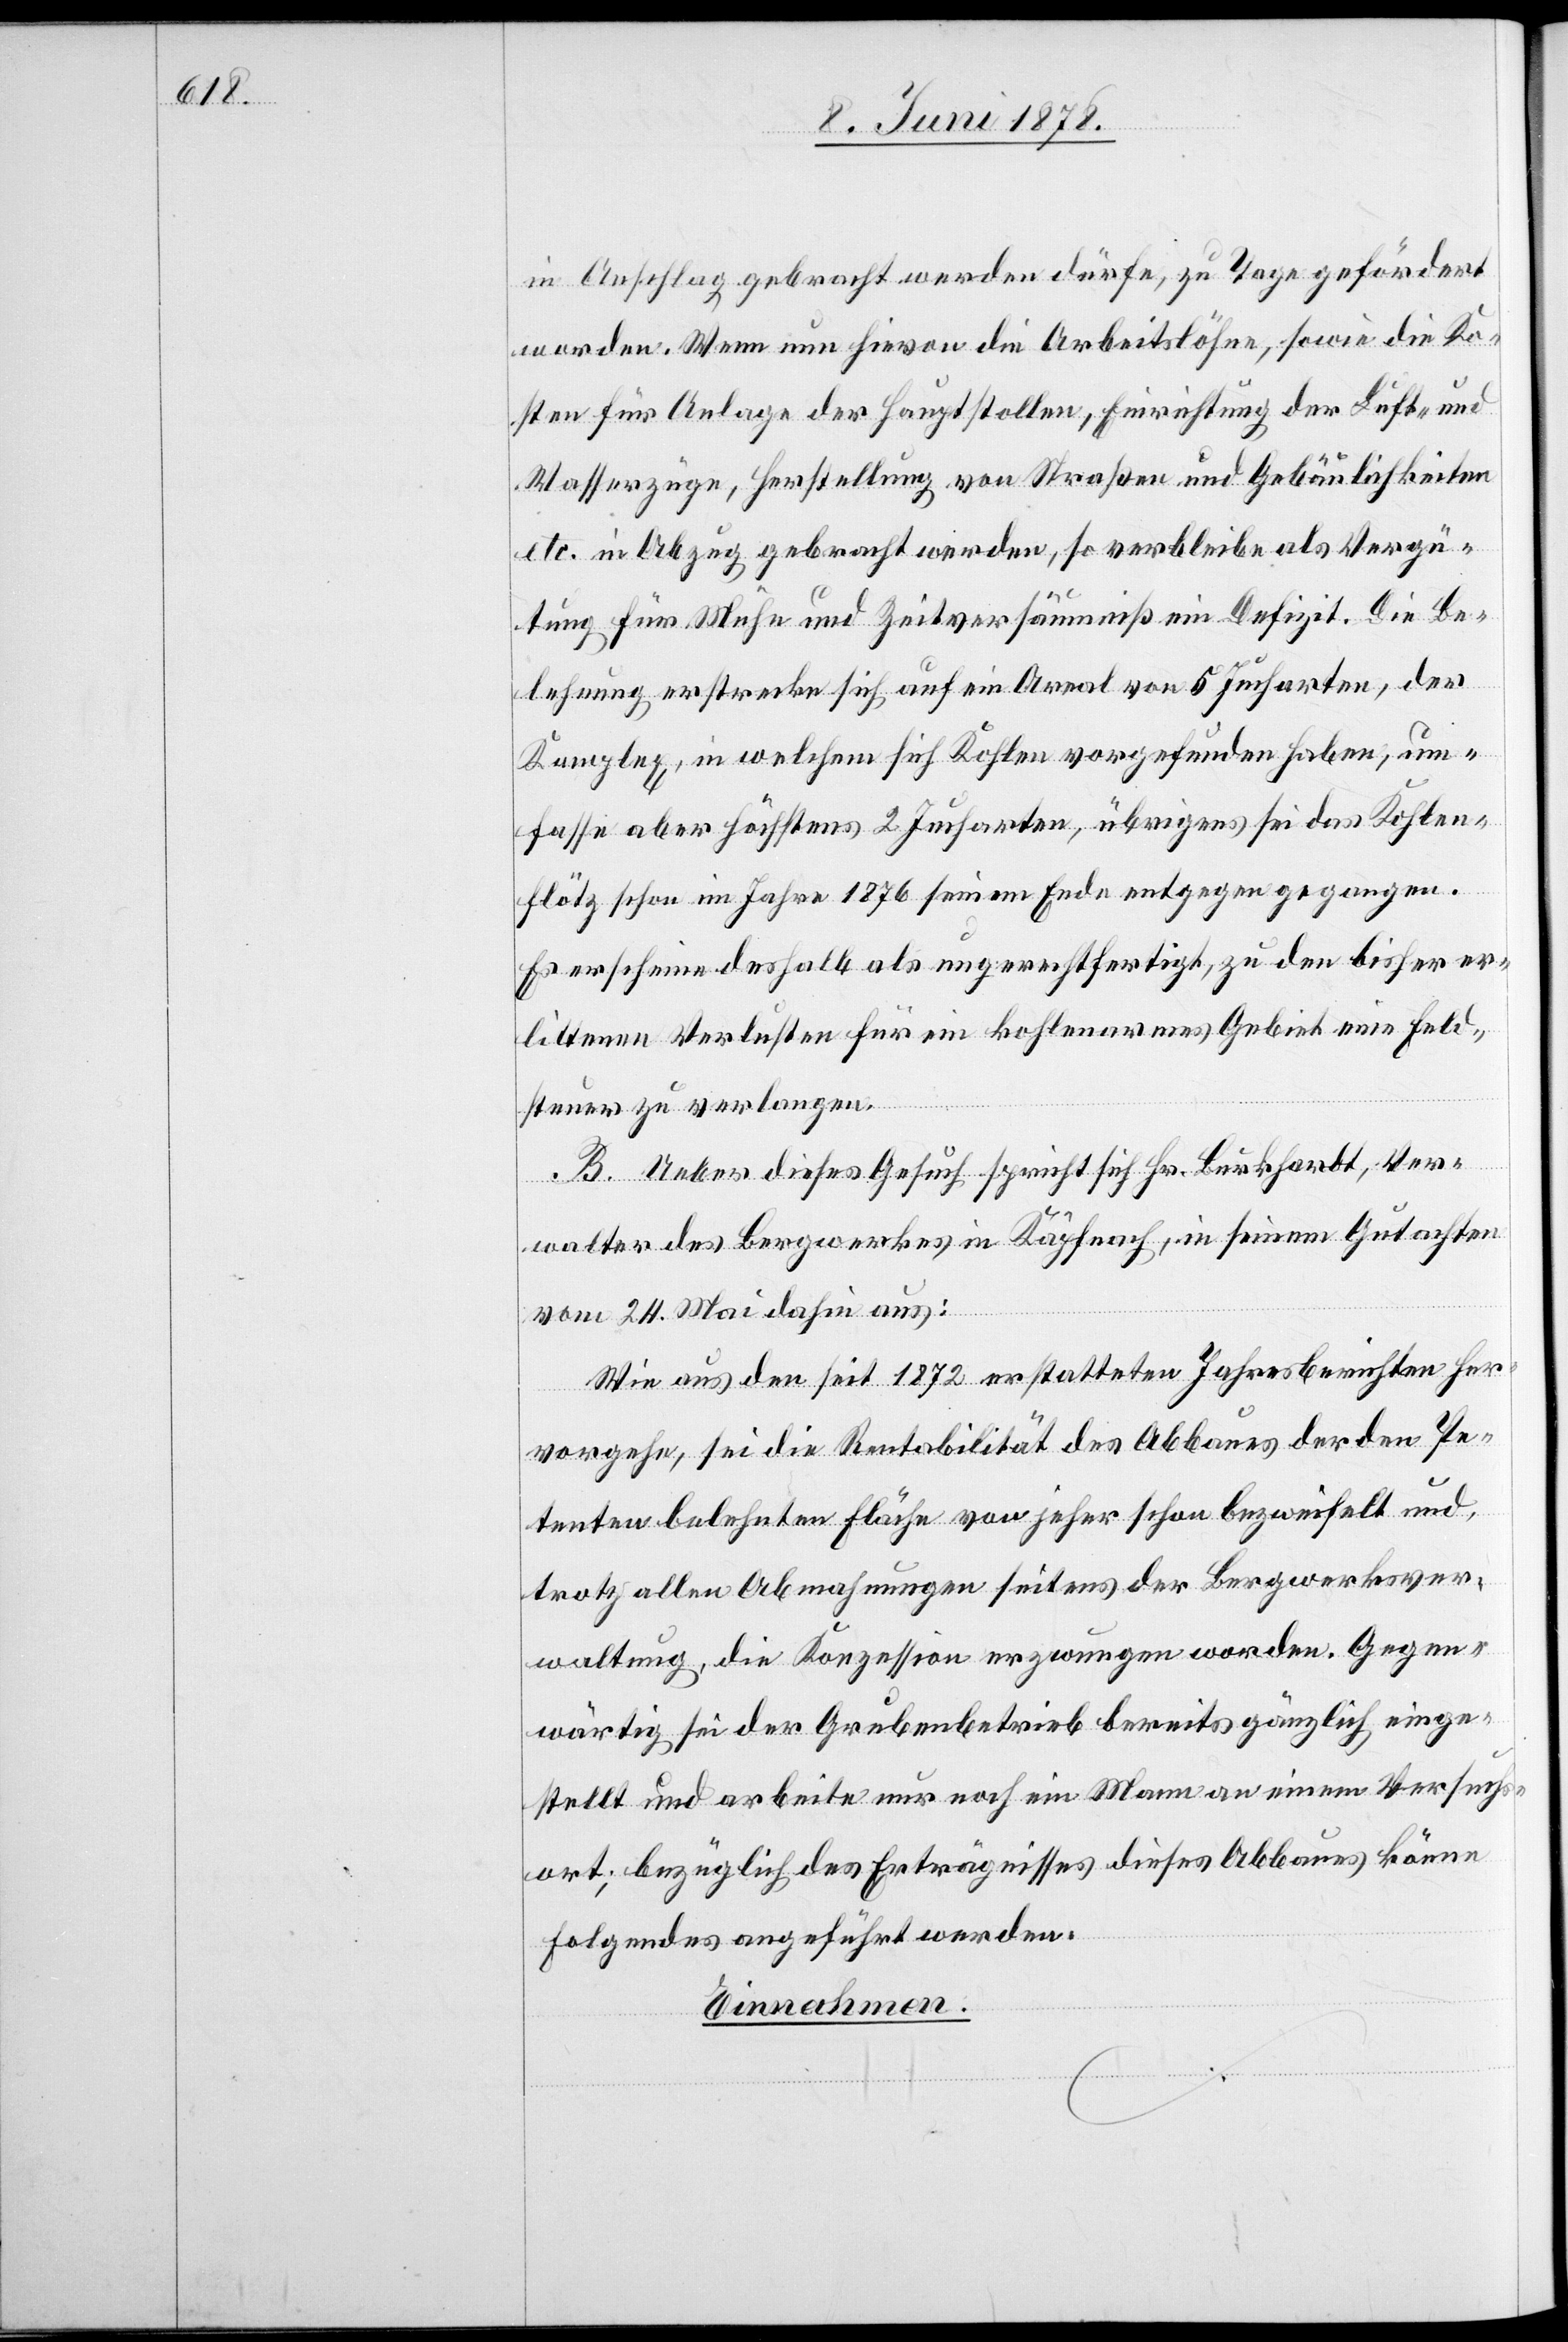
in Anschlag gebracht werden dürfe, zu Tage gefördert
worden. Wenn nun hievon die Arbeitslöhne, sowie die Ko¬
sten für Anlage der Hauptstollen, Einrichtung der Luft- und
Wasserzüge, Herstellung von Straßen und Gebäulichkeiten
etc. in Abzug gebracht werden, so verbleibe als Vergü¬
tung für Mühe und Zeitversäumniß ein Defizit. Die Be¬
lehnung erstrecke sich auf ein Areal von 5 Jucharten, der
Komplex, in welchem sich Kohlen vorgefunden haben, um¬
fasse aber höchstens 2 Jucharten, übrigens sei das Kohlen¬
flötz schon im Jahre 1876 seinem Ende entgegen gegangen.
Es erscheine deshalb als ungerechtfertigt, zu den bisher er¬
littenen Verlusten für ein kohlenarmes Gebiet eine Feld¬
steuer zu verlangen.
B. Ueber dieses Gesuch spricht sich Hr. Burkhardt, Ver¬
walter des Bergwerkes in Käpfnach, in seinem Gutachten
vom 24. Mai dahin aus:
Wie aus den seit 1872 erstatteten Jahresberichten her¬
vorgehe, sei die Rentabilität des Abbaues der den Pe¬
tenten belehnten Fläche von jeher schon bezweifelt und,
trotz allen Abmachungen seitens der Bergwerksver¬
waltung, die Konzession erzwungen worden. Gegen¬
wärtig sei der Grubenbetrieb bereits gänzlich einge¬
stellt und arbeite nur noch ein Mann an einem Versuchs¬
ort; bezüglich des Erträgnisses dieses Abbaues könne
Folgendes angeführt werden:
Einnahmen: